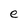
Character: e